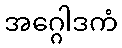
အဂ္ဂေါဒကံ